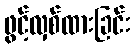
ဖွင့်လှစ်ထားခြင်း